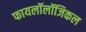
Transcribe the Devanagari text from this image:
फायलॉलॉजिकल